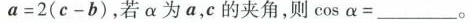
a = 2(c-b),若\alpha 为a,c的夹角，则\cos \alpha =___。